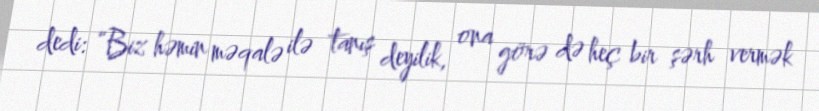
dedi: “Biz həmin məqalə ilə tanış deyilik, ona görə də heç bir şərh vermək